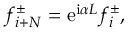
\begin{array} { r } { f _ { i + N } ^ { \pm } = \mathrm { e } ^ { \mathrm { i } \alpha L } f _ { i } ^ { \pm } , } \end{array}